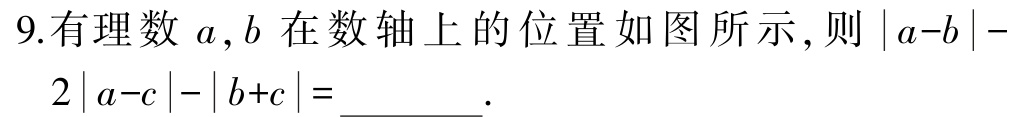
9.有理数 \(a,b\) 在数轴上的位置如图所示,则 \(|a - b|-2|a - c|-|b + c|=\underline{\quad\quad}\).